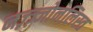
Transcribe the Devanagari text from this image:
नज़्ज़्जोनलिस्त